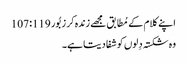
اپنے کلام کے مُطابق مجھے زندہ کر زبُور 119: 107
وہ شکستہ دِلوں کو شفا دیتا ہے۔